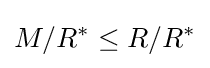
M/R^{\ast }\leq R/R^{\ast }